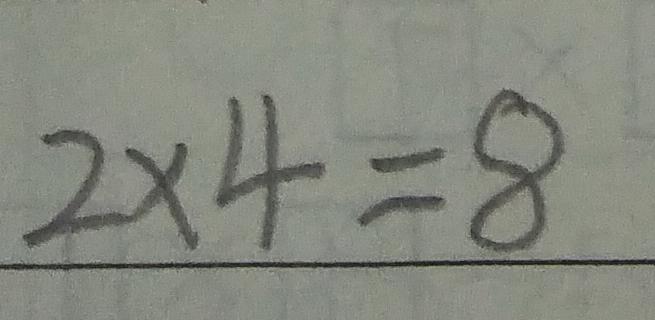
2 \times 4 = 8